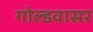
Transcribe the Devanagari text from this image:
गोल्डवासर